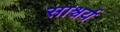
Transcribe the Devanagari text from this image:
साश्चर्य